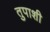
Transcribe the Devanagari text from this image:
तुपाशी